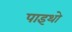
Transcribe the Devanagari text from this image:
पाइथो